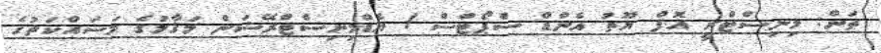
ތަން: މިނިސްޓްރީ އޮފް ޔޫތު އެންޑް ސްޕޯޓްސް / އެޑްމިނިސްޓްރޭޝަން މަޤާމުގެ މަސައްކަތުގެ